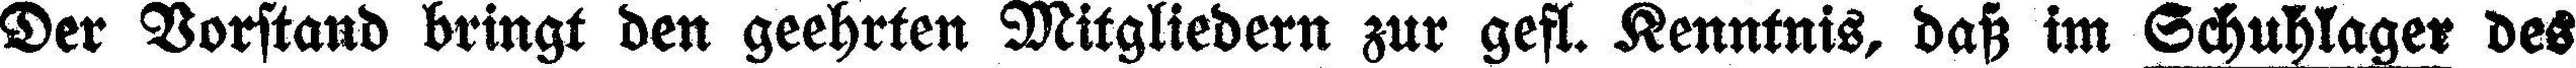
Der Vorstand bringt den geehrten Mitgliedern zur gefl. Kenntnis, daß im Schuhlager des